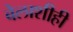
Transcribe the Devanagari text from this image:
बेलाशीही